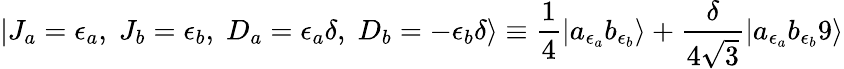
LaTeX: |J_{a}={\epsilon_{a}},\; J_{b}={\epsilon_{b}},\; D_{a}=\epsilon_{a}\delta,\; D_{b}=-\epsilon_{b}\delta\rangle\equiv{\frac{1}{4}}|a_{\epsilon_{a}}b_{\epsilon_{b}}\rangle+{\frac{\delta}{4\sqrt{3}}}|a_{\epsilon_{a}}b_{\epsilon_{b}}9\rangle